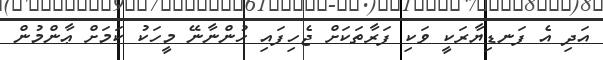
އަދި އެ ފަނޑިޔާރަކީ ވަކި ފަރާތަކަށް ޖެހިފައި ހުންނާނޭ މީހަކު ކަމަށް ޢާންމުން